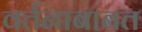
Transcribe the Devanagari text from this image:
वर्तनाबाबत